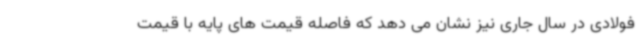
فولادی در سال جاری نیز نشان می دهد که فاصله قیمت های پایه با قیمت